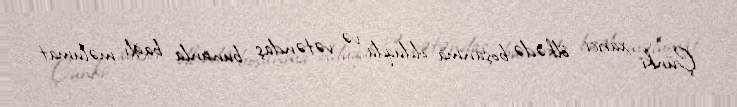
Çünki xarici ölkədə boşanma olduqda və vətəndaş bununla bağlı məlumat